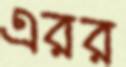
এরর